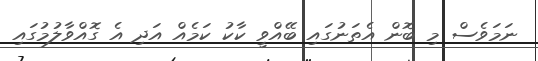
ނަމަވެސް މި ބޮން އެތަނުގައި ބޭއްވީ ކާކު ކަމެއް އަދި އެ ގޮއްވާލުމުގައި